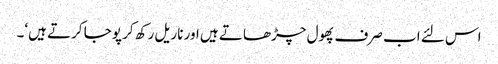
اس لئے اب صرف پھول چڑھاتے ہیں اور ناریل رکھ کر پوجا کرتے ہیں‘۔